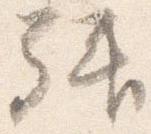
拝